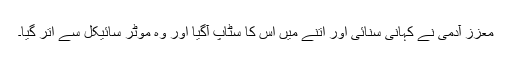
معزز آدمی نے کہانی سنائی اور اتنے میں اس کا سٹاپ آگیا اور وہ موٹر سائیکل سے اتر گیا۔